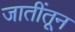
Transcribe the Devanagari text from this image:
जातींतून